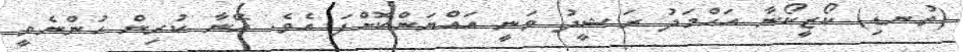
(ތުނޑި) ކޯޒީކޯނާ އަޙްމަދު ރަޝީދު ވަނީ އައްޔަންކޮށްފަ އެވެ. އޭނާ ކުރިން ހުންނެވީ